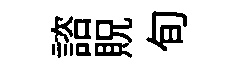
諮貺旬